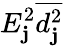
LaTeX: E_{\mathbf{j}}^{2}\overline{{{d_{\mathbf{j}}^{2}}}}